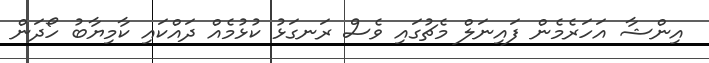
އިންޝާ އަހަރެމެން ފައިނަލް މެޗުގައި ވެސް ރަނގަޅު ކުޅުމެއް ދައްކައި ކާމިޔާބު ހޯދަން